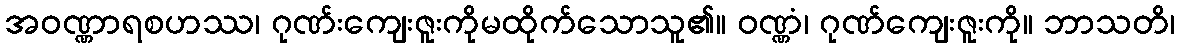
အဝဏ္ဏာရစဟဿ၊ ဂုဏ်းကျေးဇူးကိုမထိုက်သောသူ၏။ ဝဏ္ဏံ၊ ဂုဏ်ကျေးဇူးကို။ ဘာသတိ၊